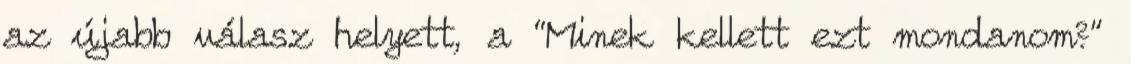
az újabb válasz helyett, a “Minek kellett ezt mondanom?”